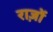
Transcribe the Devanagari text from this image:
राज़ों